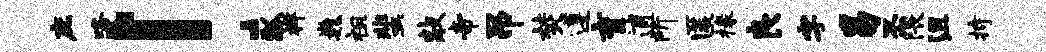
庶咯！瓢祥巍祖蜚敲帝吊焚遵育逋所匿椽良字易丕隈沮持